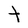
Character: T